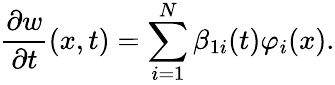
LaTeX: \frac{\partial w}{\partial t}(x,t)=\sum_{i=1}^{N}\beta_{1i}(t)\varphi_{i}(x).